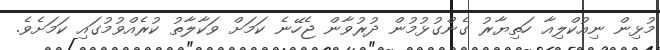
މުޅިން ނިއުކްލިއާ ހަތިޔާރު ގެންގުޅުމުން ދުރުވާން ޖެހޭނެ ކަމަށް ވަކާލާތު ކުރެއްވުމުގައި ކަމަށެވެ.